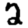
Digit: 2